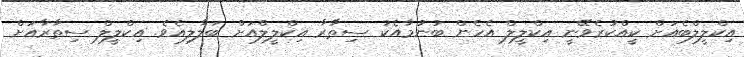
އިކްލީލްބެއަށް ކީއްކުރެވޭނީ އިކްލީލް އެހެން ބުނުމާއެކު ސިތާރާ އިކްލީލްއަށް ބަލާލިއެވެ. އިކްލީލް ސިތާރާއަށް